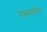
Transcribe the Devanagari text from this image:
सेकससरिया